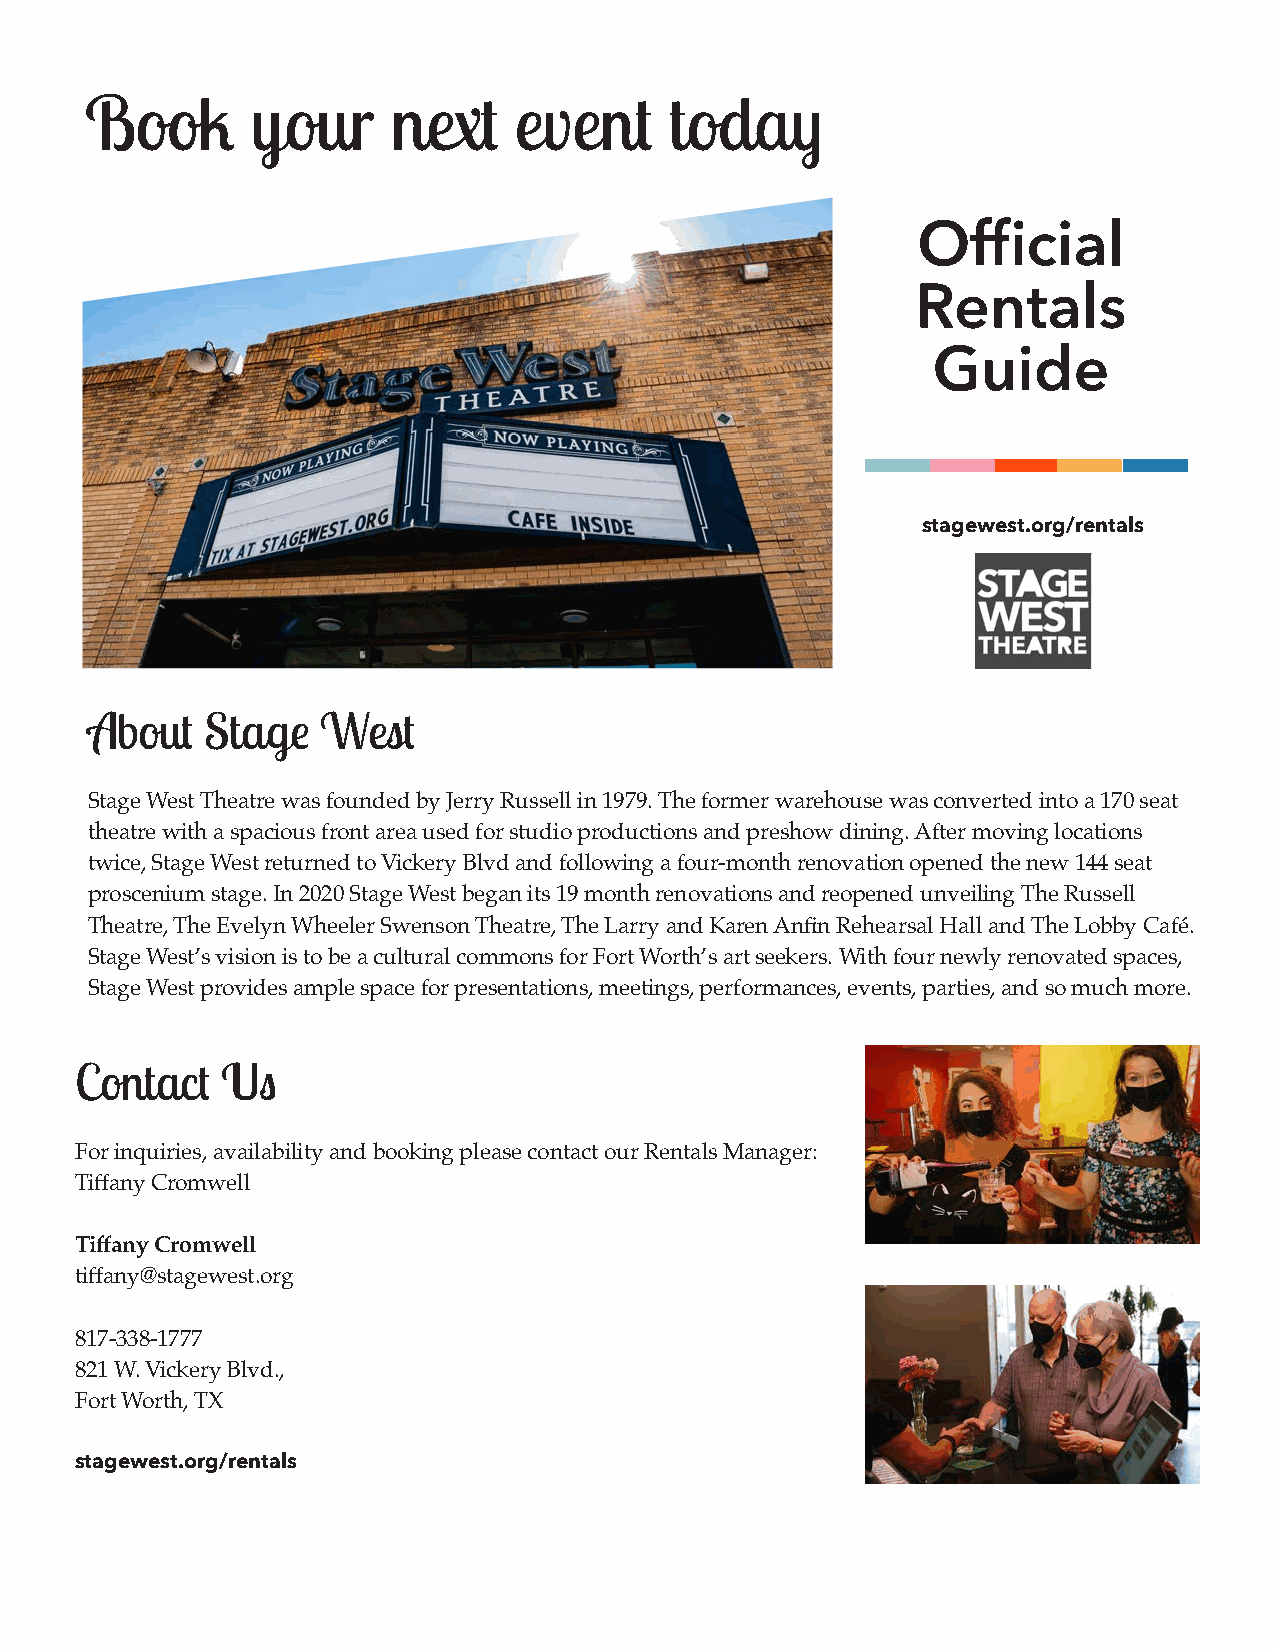
Book       your     next    event     today
 Official
 Rentals
 Guide
 stagewest.org/rentals
 About   Stage  West
 Stage West Theatre was founded by Jerry Russell in 1979. The former warehouse was converted into a 170 seat
 theatre with a spacious front area used for studio productions and preshow dining. After moving locations
 twice, Stage West returned to Vickery Blvd and following a four-month renovation opened the new 144 seat
 proscenium stage. In 2020 Stage West began its 19 month renovations and reopened unveiling The Russell
 Theatre, The Evelyn Wheeler Swenson Theatre, The Larry and Karen Anfin Rehearsal Hall and The Lobby Café.
 Stage West’s vision is to be a cultural commons for Fort Worth’s art seekers. With four newly renovated spaces,
 Stage West provides ample space for presentations, meetings, performances, events, parties, and so much more.
 Contact   Us
 For inquiries, availability and booking please contact our Rentals Manager:
 Tiffany Cromwell
 Tiffany Cromwell
 tiffany@stagewest.org
 817-338-1777
 821 W. Vickery Blvd.,
 Fort Worth, TX
 stagewest.org/rentals